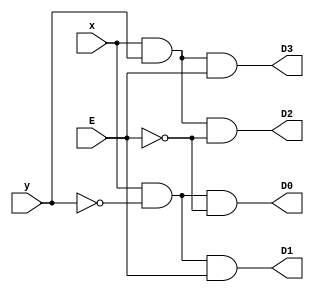
module decoder_2to4 (
  input x, y, E,
  output D0, D1, D2, D3
);
  assign D0 = (x & ~y & ~E);
  assign D1 = (x & ~y & E);
  assign D2 = (x & y & ~E);
  assign D3 = (x & y & E);
endmodule